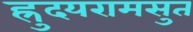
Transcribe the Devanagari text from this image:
ह्रुदयरामसुत